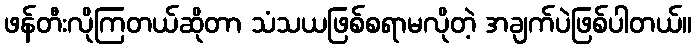
ဖန်တီးလိုကြတယ်ဆိုတာ သံသယဖြစ်စရာမလိုတဲ့ အချက်ပဲဖြစ်ပါတယ်။